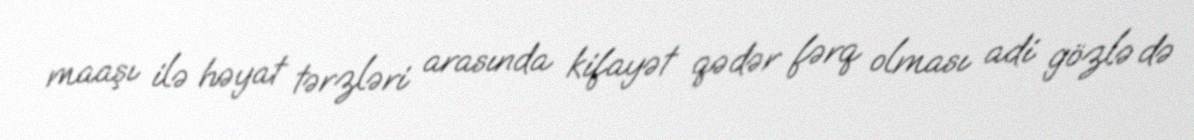
maaşı ilə həyat tərzləri arasında kifayət qədər fərq olması adi gözlə də